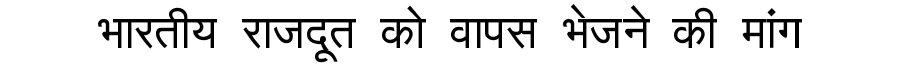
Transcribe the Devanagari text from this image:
भारतीय राजदूत को वापस भेजने की मांग